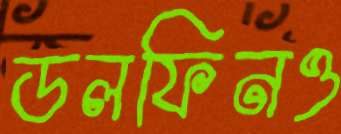
ডলফিনও